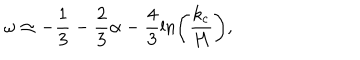
LaTeX: \omega \simeq - \frac { 1 } { 3 } - \frac { 2 } { 3 } \alpha - \frac { 4 } { 3 } \ln \left( \frac { k _ { \mathrm { c } } } { H } \right) ,